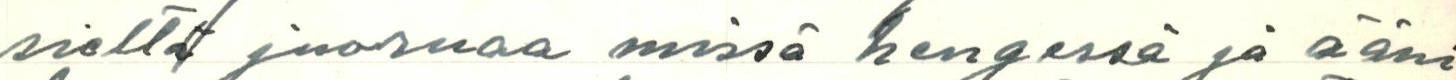
sieltä juoruaa missä hengessä ja ääni